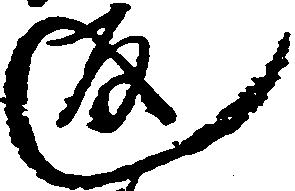
返